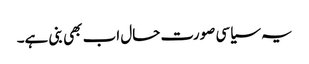
یہ سیاسی صورت حال اب بھی بنی ہے۔